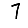
Digit: 7